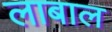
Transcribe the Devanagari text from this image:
लाबाल